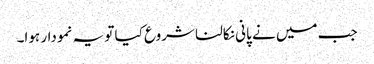
جب میں نے پانی نکالنا شروع کیا تو یہ نمودار ہوا۔